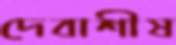
দেবাশীষ